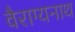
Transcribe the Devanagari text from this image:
वैराग्यनाथ